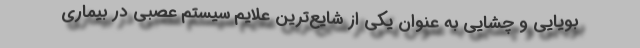
بویایی و چشایی به عنوان یکی از شایع‌ترین علایم سیستم عصبی در بیماری